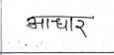
मजकूर: आधार